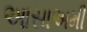
આસાઅમી